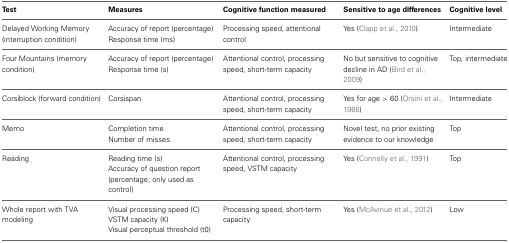
<table><thead><tr><td><b>Test</b></td><td><b>Measures</b></td><td><b>Cognitive function measured</b></td><td><b>Sensitive to age differences</b></td><td><b>Cognitive level</b></td></tr></thead><tbody><tr><td rowspan="2">Delayed Working Memory (interruption condition)</td><td>Accuracy of report (percentage)</td><td rowspan="2">Processing speed, attentional control</td><td rowspan="2">Yes (Clapp et al., 2010)</td><td rowspan="2">Intermediate</td></tr><tr><td>Response time (ms)</td></tr><tr><td rowspan="2">Four Mountains (memory condition)</td><td>Accuracy of report (percentage)</td><td rowspan="2">Attentional control, processing speed, short-term capacity</td><td rowspan="2">No but sensitive to cognitive decline in AD (Bird et al., 2009)</td><td rowspan="2">Top, intermediate</td></tr><tr><td>Response time (s)</td></tr><tr><td>Corsiblock (forward condition)</td><td>Corsispan</td><td>Attentional control, processing speed, short-term capacity</td><td>Yes for age &gt; 60 (Orsini et al., 1986)</td><td>Intermediate</td></tr><tr><td rowspan="2">Memo</td><td>Completion time</td><td rowspan="2">Attentional control, processing speed, short-term capacity</td><td rowspan="2">Novel test, no prior existing evidence to our knowledge</td><td rowspan="2">Top</td></tr><tr><td>Number of misses</td></tr><tr><td rowspan="2">Reading</td><td>Reading time (s)</td><td rowspan="2">Attentional control, processing speed, VSTM capacity</td><td rowspan="2">Yes (Connelly et al., 1991)</td><td rowspan="2">Top</td></tr><tr><td>Accuracy of question report (percentage; only used as control)</td></tr><tr><td rowspan="3">Whole report with TVA modeling</td><td>Visual processing speed (C)</td><td rowspan="3">Processing speed, short-term capacity</td><td rowspan="3">Yes (McAvinue et al., 2012)</td><td rowspan="3">Low</td></tr><tr><td>VSTM capacity (K)</td></tr><tr><td>Visual perceptual threshold (t0)</td></tr></tbody></table>